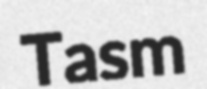
Tasm